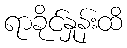
ရာခိုင်နှုန်းထိ